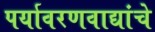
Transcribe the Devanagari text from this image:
पर्यावरणवाद्यांचे